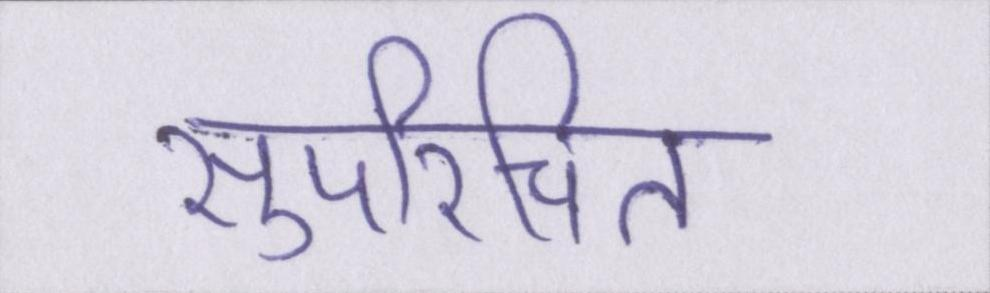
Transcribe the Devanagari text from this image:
सुपरिचित